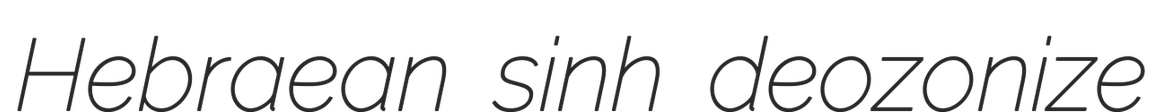
Hebraean sinh deozonize